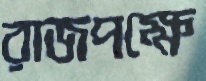
রাজপক্ষে